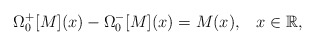
\begin{align*}\Omega_{0}^{+}[M](x) - \Omega_{0}^{-}[M](x) = M(x), \;\;\; x\in {\mathbb R},\end{align*}